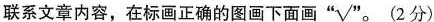
联系文章内容，在标画正确的图画下面画 $$^{4s} \sqrt{ \infty }。$$ (2分)